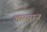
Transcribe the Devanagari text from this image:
आराराज